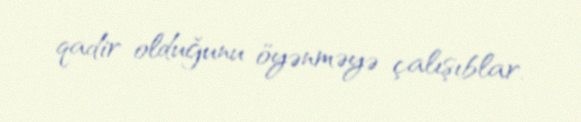
qadir olduğunu öyənməyə çalışıblar.